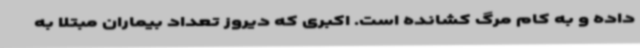
داده و به کام مرگ کشانده است. اکبری که دیروز تعداد بیماران مبتلا به